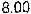
8.00